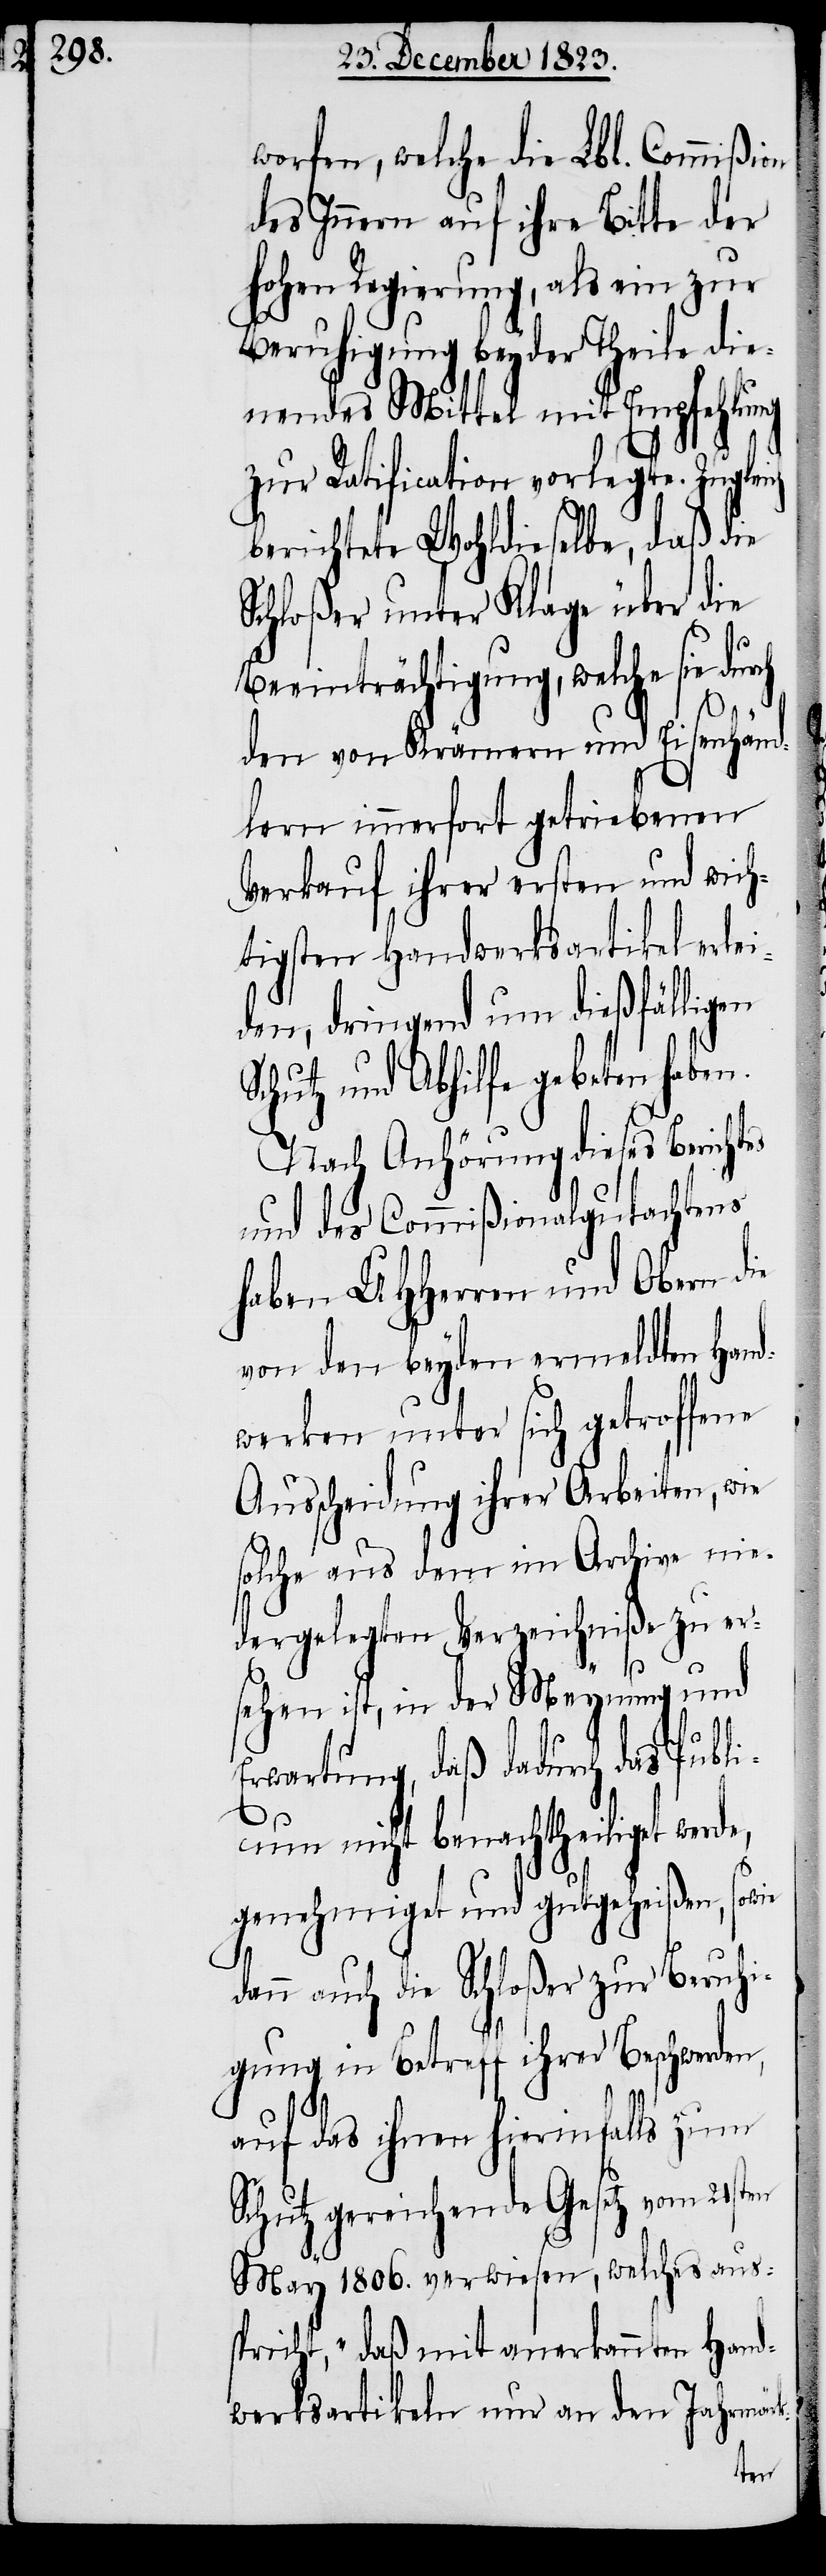
on

worfen, welche die Lbl. Commißi¬
des Innern auf ihre Bitte der
hohen Regierung, als ein zur
Beruhigung beyder Theile die¬
nendes Mittel mit Empfehlung
zur Ratification vorlegte. Zuglei¬
berichtete Wohldieselbe, daß die
Schloßer unter Klage über die
Beeinträchtigung, welche sie dur¬
ch
den von Krämern und Eisenhänd¬
lern immerfort getriebenen
Verkauf ihrer ersten und wich¬
tigsten Handwerksartikel erle¬
iden, dringend um dießfälligen
Schutz und Abhilfe gebeten haben.
Nach Anhörung dieses Berichtes
und des Commißionalgutachtens
haben UHHerren und Obern die
von den beyden ermeldten Hand¬
werken unter sich getroffene
Ausscheidung ihrer Arbeiten, wie
solche aus dem im Archive nie¬
dergelegten Verzeichniße zu er¬
sehen ist, in der Meynung und
Erwartung, daß dadurch das Publi¬
cum nicht benachtheiliget werde,
genehmiget und gutgeheißen, sowie
dann auch die Schloßer zur Beruhi¬
gung in Betreff ihrer Beschwerden,
auf das ihnen hierinfalls zum
Schutz gereichende Gesetz vom 21sten
May 1806. verwiesen, welches aus¬
spricht, „daß mit anerkannten Hand¬
werksartikeln nur an den Jahrmärk-